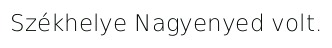
Székhelye Nagyenyed volt.